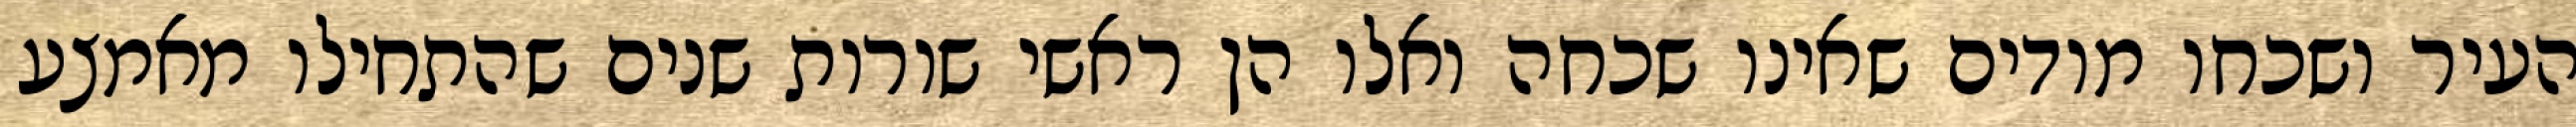
העיר ושכחו מודים שאינו שכחה ואלו הן ראשי שורות שנים שהתחילו מאמצע